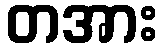
တအား